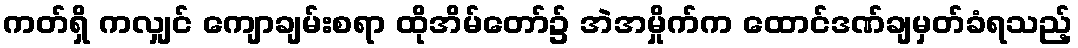
ကတ်ရှိ ကလျှင် ကျောချမ်းစရာ ထိုအိမ်တော်၌ အဲအမှိုက်က ထောင်ဒဏ်ချမှတ်ခံရသည့်